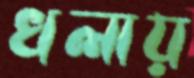
খলায়